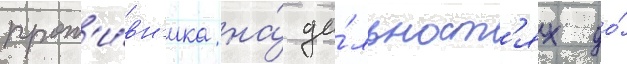
прот'и́вн'ика на́ да́льност'ях до́